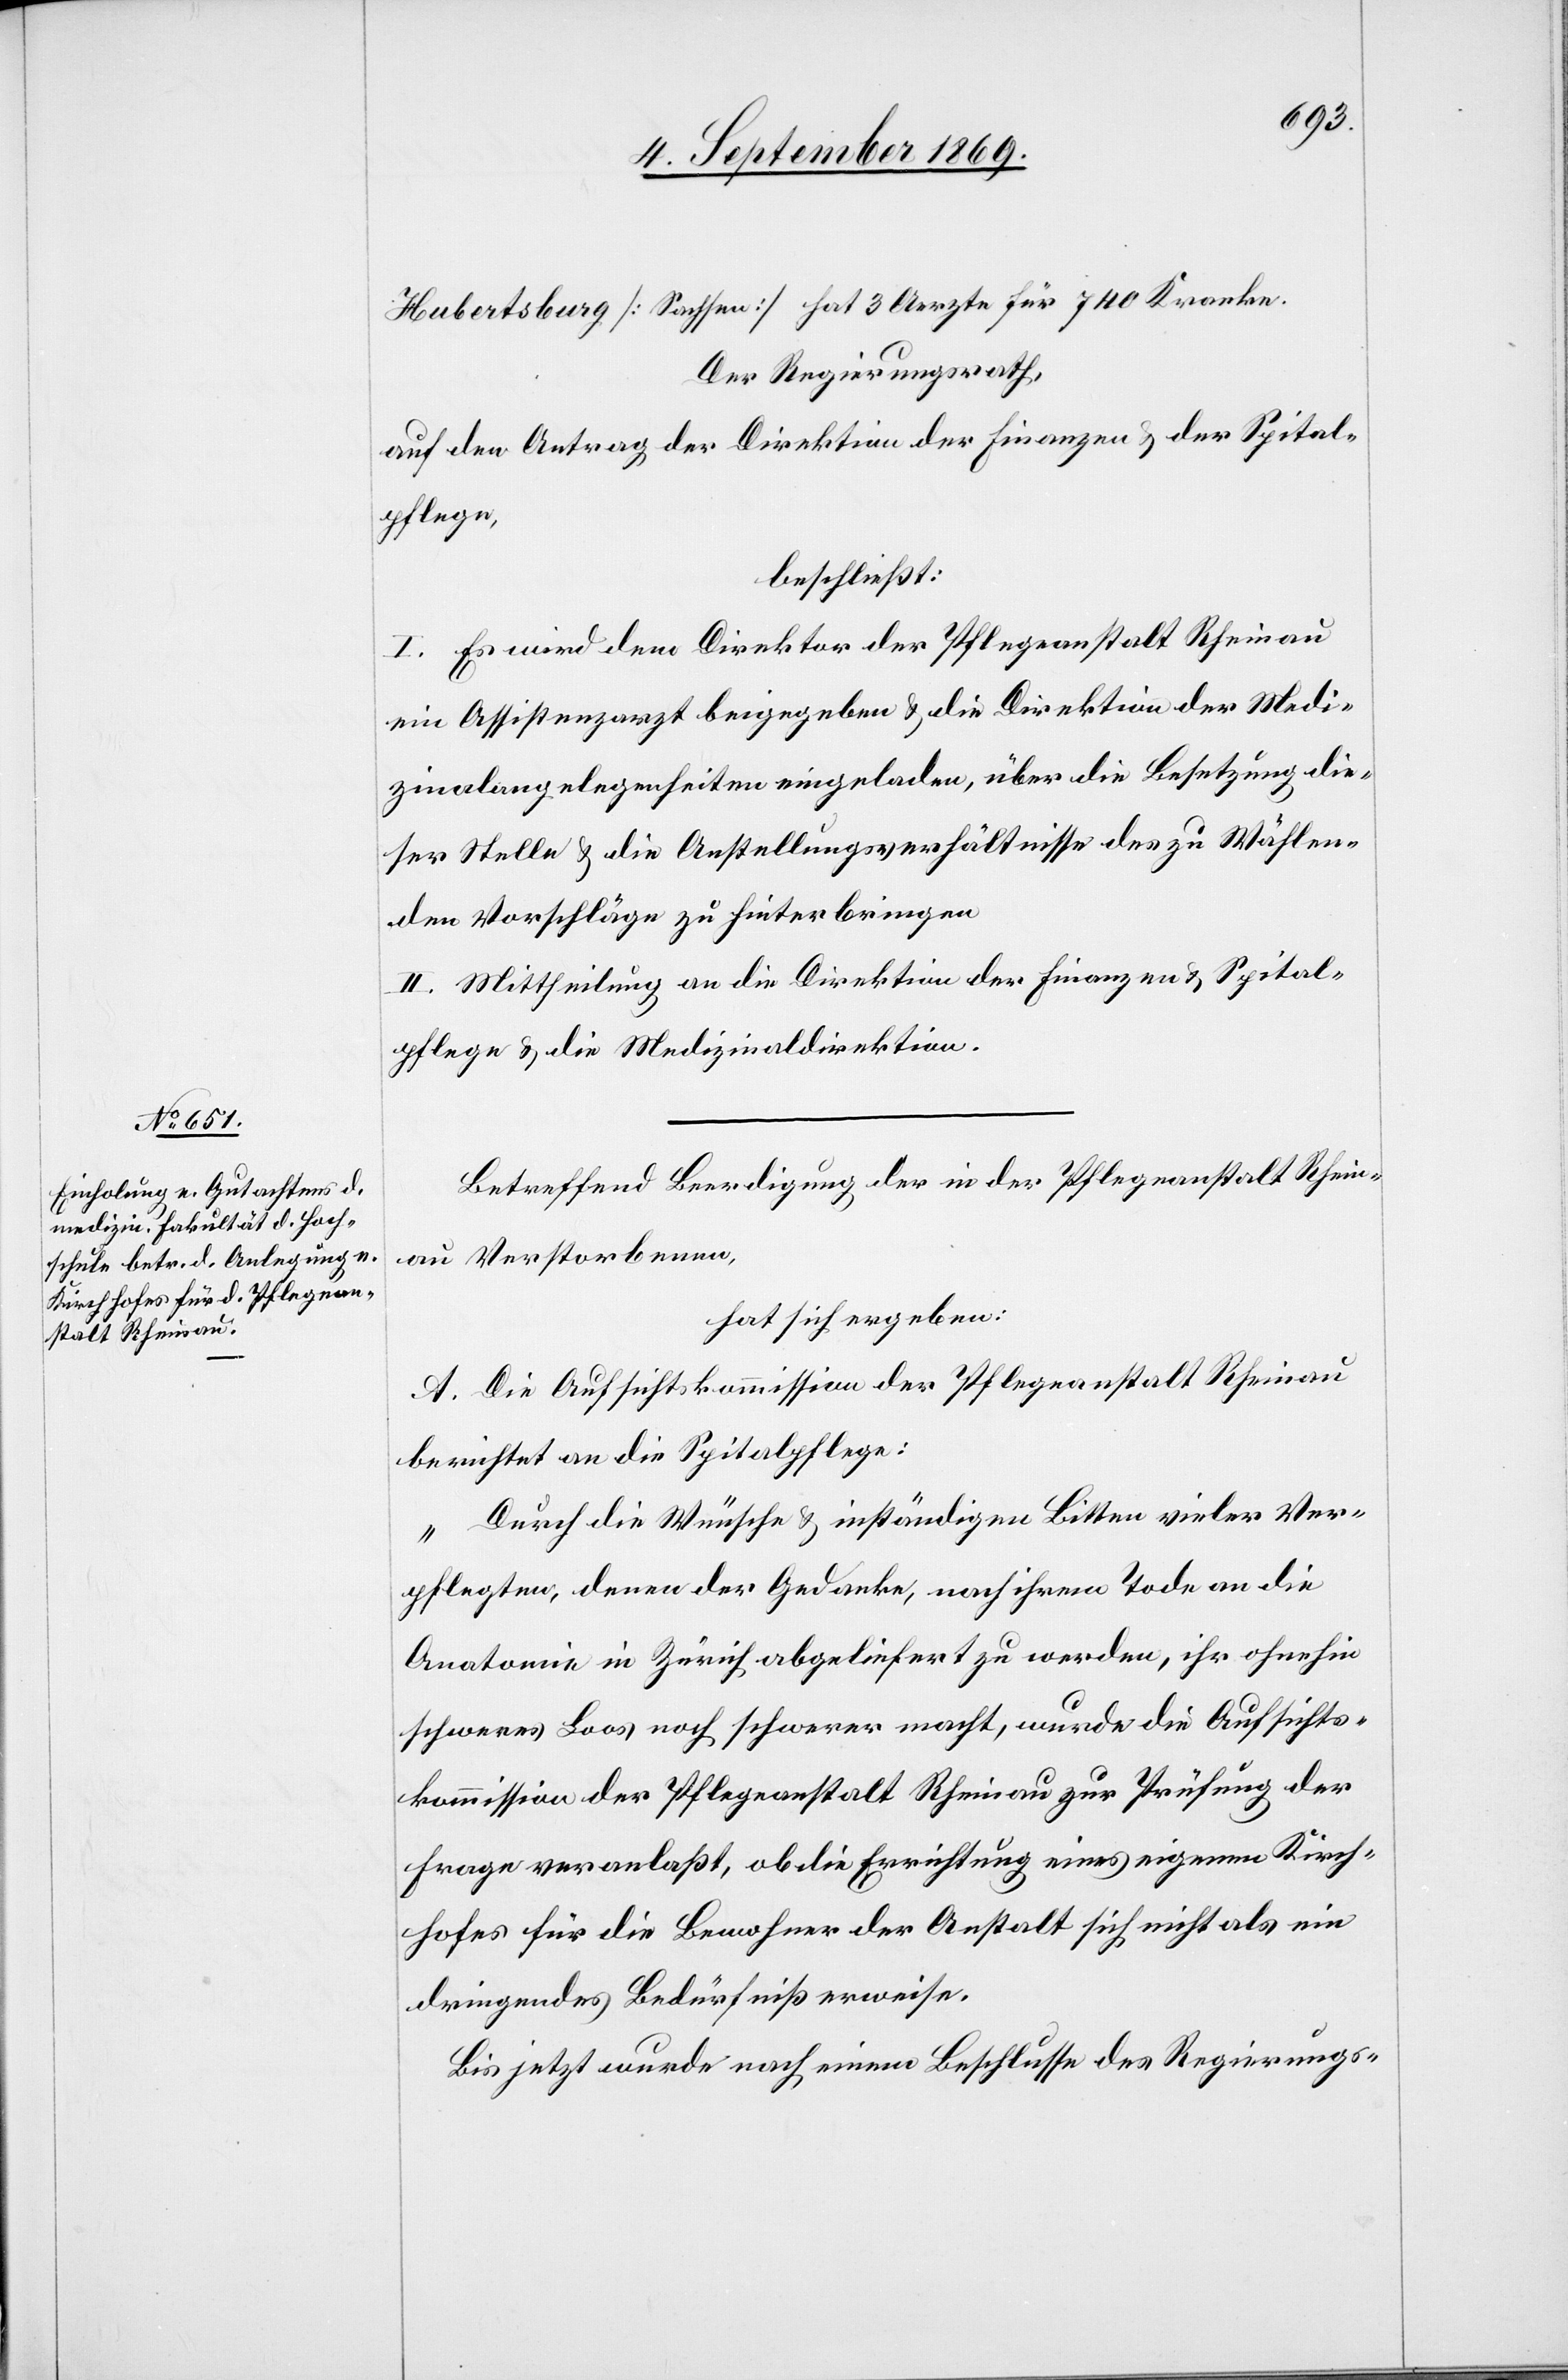
Der Regierungsrath,
auf den Antrag der Direktion der Finanzen & der Spital¬
pflege,
beschließt:
I. Es wird dem Direktor der Pflegeanstalt Rheinau
ein Assistenzarzt beigegeben & die Direktion der Medi¬
zinalangelegenheiten eingeladen, über die Besetzung die¬
ser Stelle & die Anstellungsverhältnisse des zu Wählen¬
den Vorschläge zu hinterbringen.
II. Mittheilung an die Direktion der Finanzen & Spital¬
pflege & die Medizinaldirektion.
Betreffend Beerdigung der in der Pflegeanstalt Rhein¬
au Verstorbenen,
hat sich ergeben:
A. Die Aufsichtskommission der Pflegeanstalt Rheinau
berichtet an die Spitalpflege:
„Durch die Wünsche & inständigen Bitten vieler Ver¬
pflegten, denen der Gedanke, nach ihrem Tode an die
Anatomie in Zürich abgeliefert zu werden, ihr ohnehin
schweres Loos noch schwerer macht, wurde die Aufsichts¬
kommission der Pflegeanstalt Rheinau zur Prüfung der
Frage veranlaßt, ob die Errichtung eines eigenen Kirch¬
hofes für die Bewohner der Anstalt sich nicht als ein
dringendes Bedürfniß erweise.
Bis jetzt wurde nach einem Beschlusse des Regierungs-